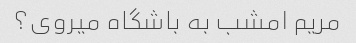
مریم امشب به باشگاه میروی؟